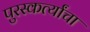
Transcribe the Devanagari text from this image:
पुरस्कर्त्यांचा